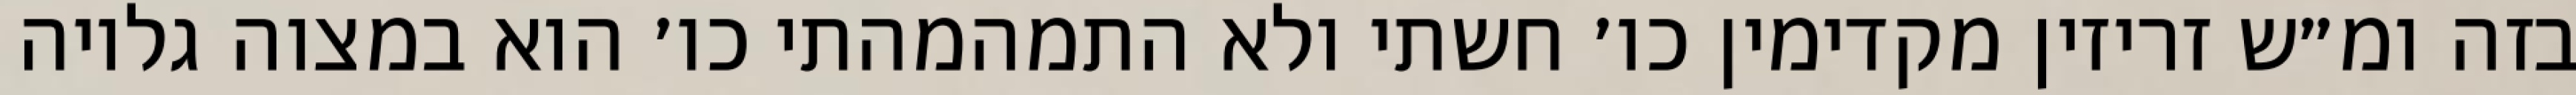
בזה ומ״ש זריזין מקדימין כו׳ חשתי ולא התמהמהתי כו׳ הוא במצוה גלויה